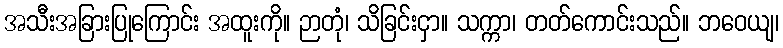
အသီးအခြားပြုကြောင်း အထူးကို။ ဉာတုံ၊ သိခြင်းငှာ။ သက္ကာ၊ တတ်ကောင်းသည်။ ဘဝေယျ၊